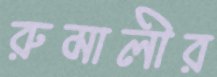
রুমালীর